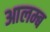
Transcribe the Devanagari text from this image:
आलम्ब